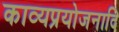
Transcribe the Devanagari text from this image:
काव्यप्रयोजनादि